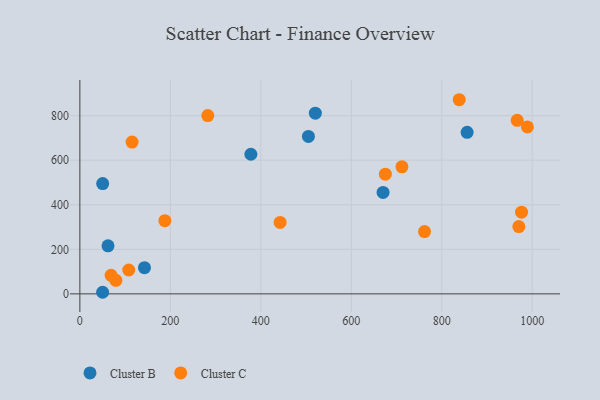
{"axis": {"x": "Engine Size", "y": "Sales"}, "legend": ["Cluster B", "Cluster C"], "data": [{"x": "62.2", "y": 215.9, "type": "Cluster B"}, {"x": "856.0", "y": 725.7, "type": "Cluster B"}, {"x": "670.2", "y": 455.5, "type": "Cluster B"}, {"x": "378.0", "y": 627.0, "type": "Cluster B"}, {"x": "50.3", "y": 7.1, "type": "Cluster B"}, {"x": "142.8", "y": 117.5, "type": "Cluster B"}, {"x": "520.5", "y": 811.7, "type": "Cluster B"}, {"x": "505.2", "y": 707.0, "type": "Cluster B"}, {"x": "50.4", "y": 495.1, "type": "Cluster B"}, {"x": "115.4", "y": 681.5, "type": "Cluster C"}, {"x": "187.9", "y": 328.8, "type": "Cluster C"}, {"x": "838.5", "y": 871.9, "type": "Cluster C"}, {"x": "711.9", "y": 570.4, "type": "Cluster C"}, {"x": "966.7", "y": 779.6, "type": "Cluster C"}, {"x": "69.0", "y": 83.3, "type": "Cluster C"}, {"x": "970.3", "y": 302.4, "type": "Cluster C"}, {"x": "675.3", "y": 537.4, "type": "Cluster C"}, {"x": "989.2", "y": 749.9, "type": "Cluster C"}, {"x": "442.6", "y": 321.0, "type": "Cluster C"}, {"x": "976.3", "y": 366.7, "type": "Cluster C"}, {"x": "761.9", "y": 279.5, "type": "Cluster C"}, {"x": "282.7", "y": 800.6, "type": "Cluster C"}, {"x": "108.0", "y": 107.1, "type": "Cluster C"}, {"x": "79.6", "y": 60.9, "type": "Cluster C"}]}